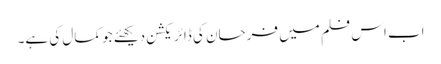
اب اس فلم میں فرحان کی ڈائریکشن دیکھئے جو کمال کی ہے۔